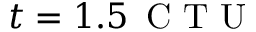
{ t = 1 . 5 \, \mathrm { ~ C ~ T ~ U ~ } }